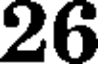
26